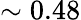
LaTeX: \sim 0.48